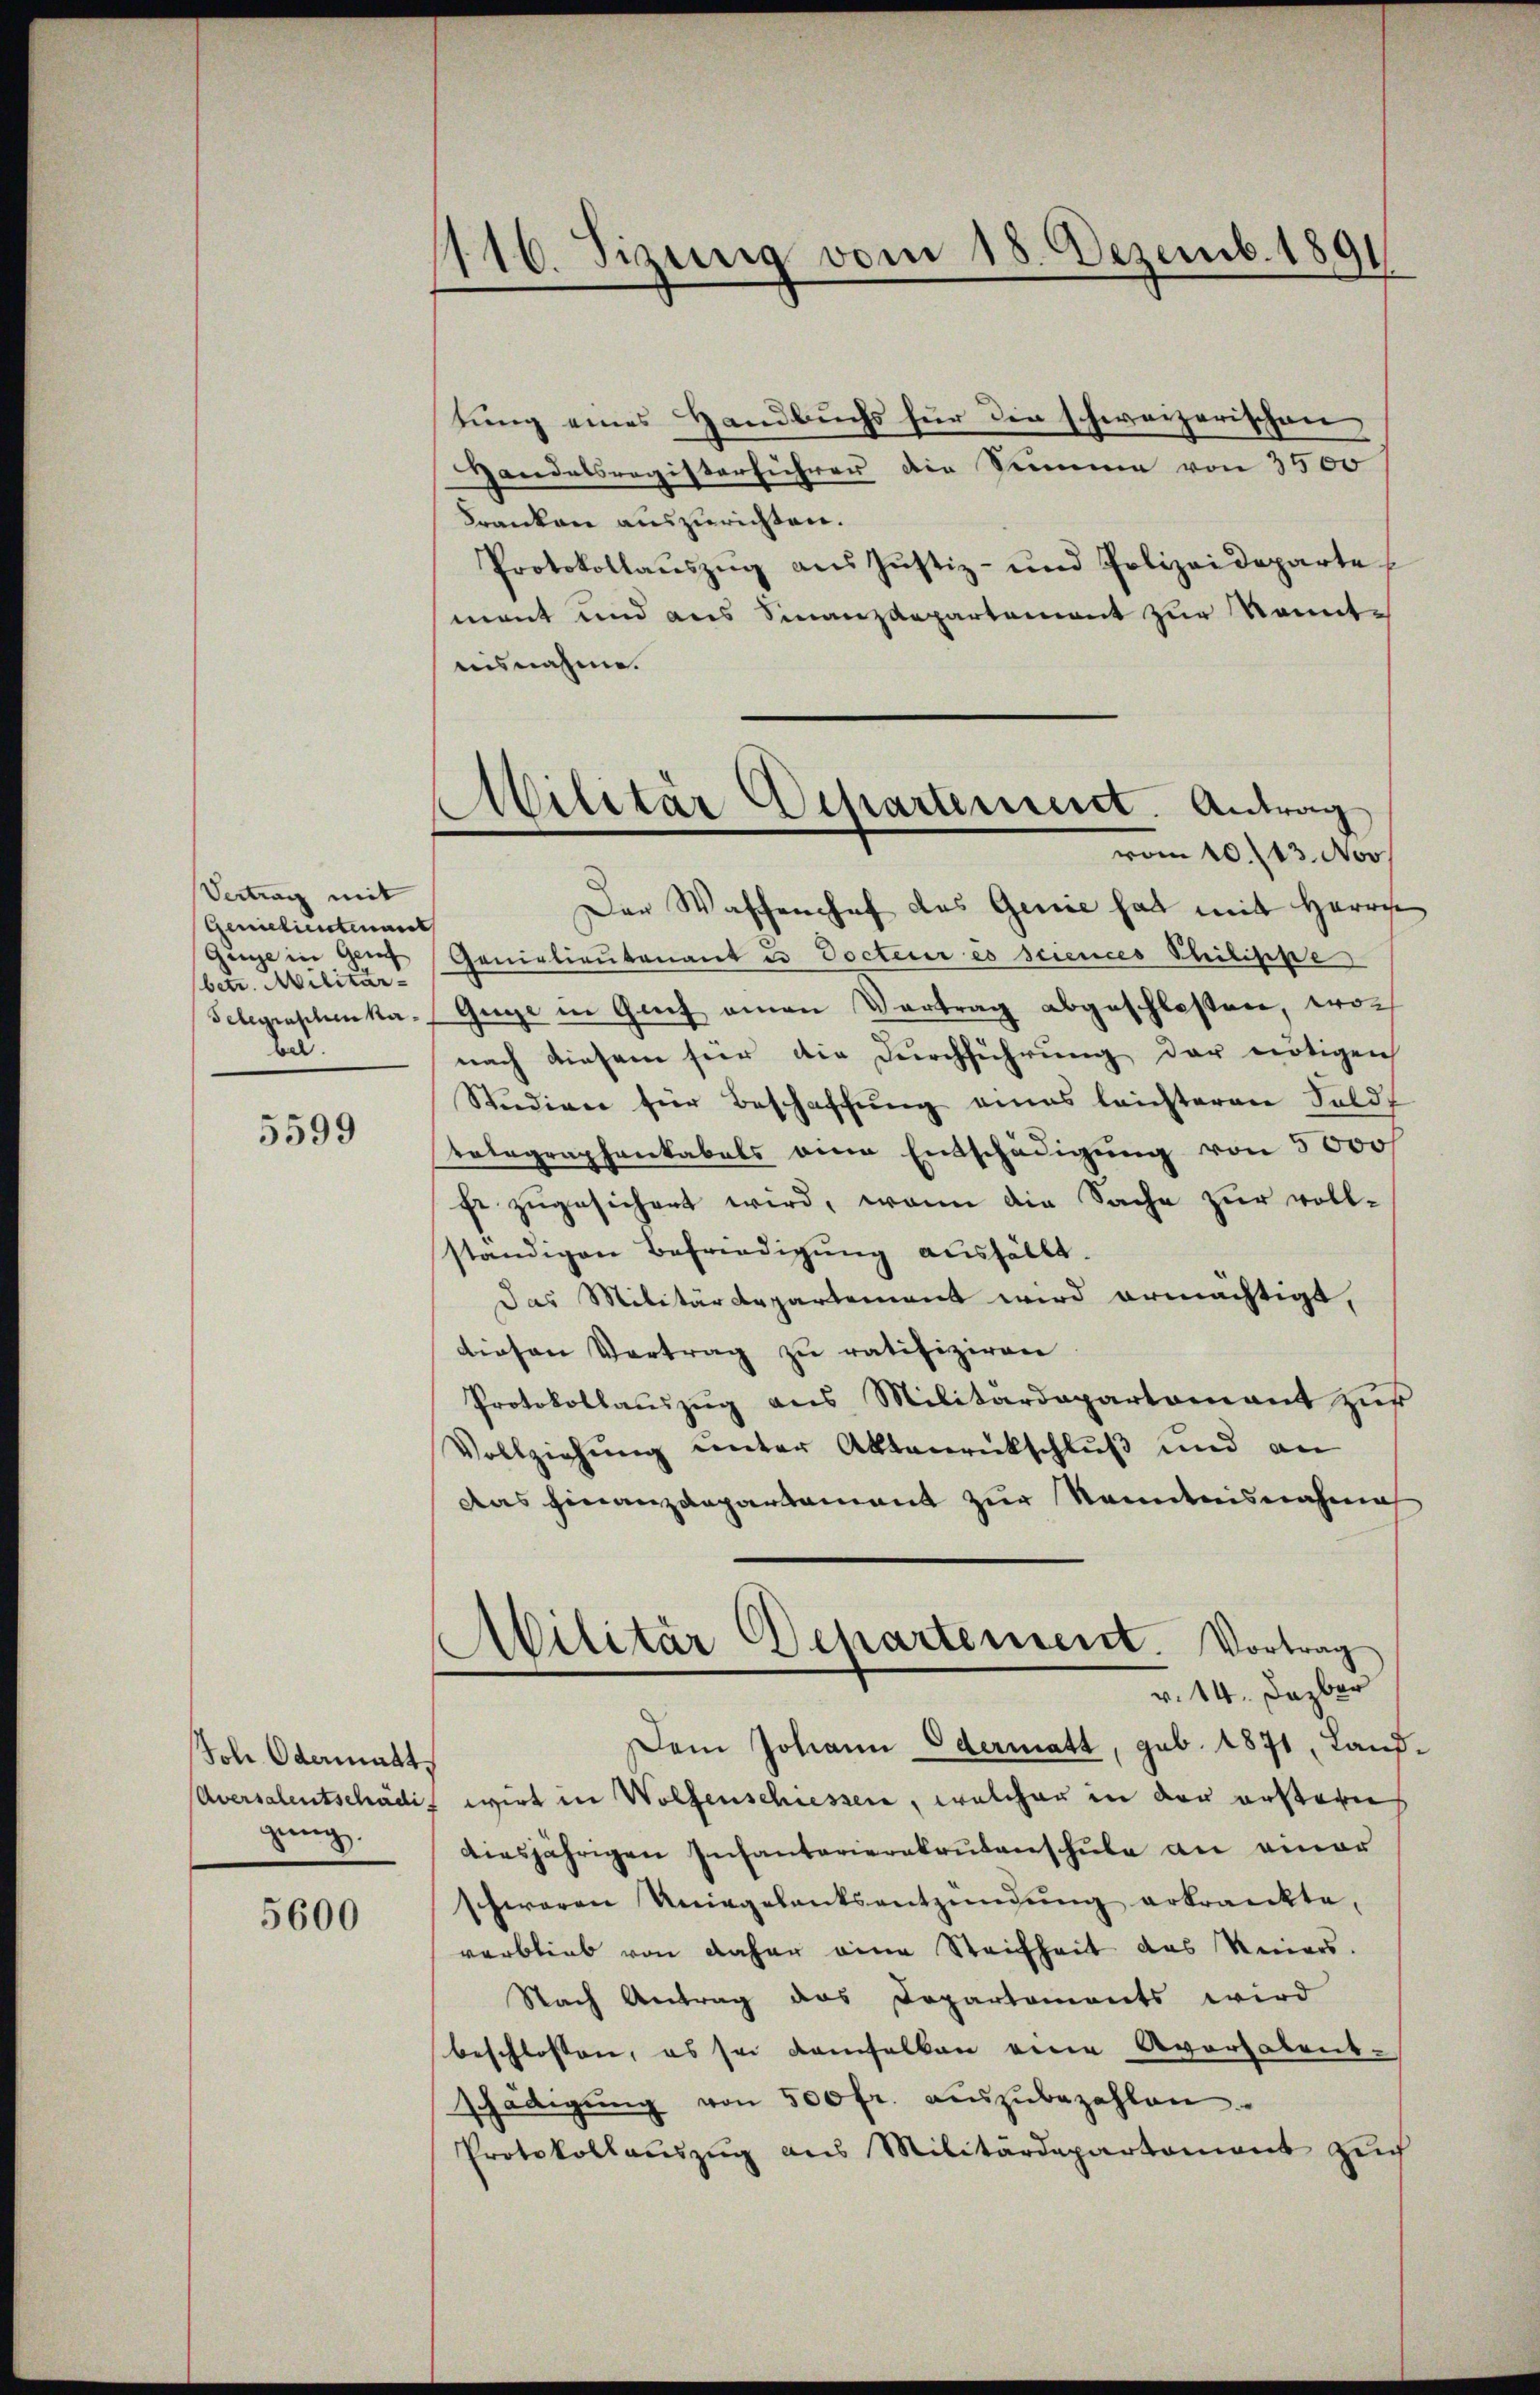
Vertrag mit
Genietientenant
Guge in Genf
(betr. Militär-
Telegraschen Kerbel.

5599

Joh. Odermatt,
gung.

5600

1116. Sizung vom 18. Dezemb. 1891

tung eines Handbuchs für die schweizerischen
Handelsregisterführer die Summe von 3500
Franken auszurichten.
Protokollaŭszŭg ans Justiz- und Polizeideparte
mant und aus Finanzdepartement zur Sonnte
aisnahm.
Der Wassenhof das Genie hat mit Herrn
Genietientenant u. Docteur es sciences Philippe
Guge in Greif einen Vertrag abgeschloßen, wor
nach diesem für die Durchführung der nötigen
Studien für Beschaffung eines leichteren Feldf
telegraphenkabels eine Entschädigung von 5000f
fe zugesichert wird, wenn die Sache zur vollständigen Befriedigung ausfällt.
das Militärdepartement wird ermächtigt,
diesen Vertrag zu ratifiziren
Protokollauszug aus Militärdepartomant zur
Vollziehung unter Aktenrückschluß und an
Das Finanzdepartement zur Kenntnisnahme
Militär Departement. Vortrag
v. 14. Dazber
Dem Johann Odermatt, sub. 1871, Land¬
Aversalentschädig wirt in Wolfenschiessen, welcher in der erstern
diesjährigen Infantarierekrutenschule an einer
schweren Uniegelantsentzündŭng erkrankte,
verblieb von daher eine Steifheit das Reuers.
Nach Antrag das Departements wird
beschlossen, es sei demselben eine Averfabrik-
schädigŭng von 500 fr. aŭszŭbezahlen.
Protokollaŭszŭg ans Militärdepartement zŭch

Militär Departement. Antrag
vom 10. 13. Nov